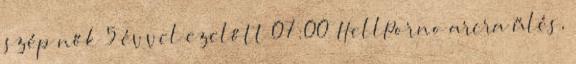
szép nők 5 évvel ezelőtt 07:00 HellPorno arcra űlés,